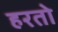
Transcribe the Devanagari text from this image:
हरतो